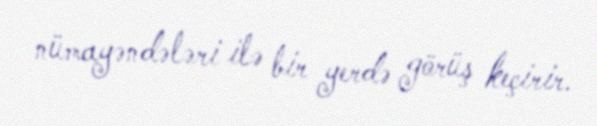
nümayəndələri ilə bir yerdə görüş keçirir.